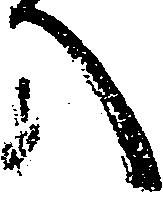
へ